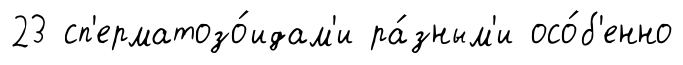
23 сп'ерматозо́идам'и ра́зным'и осо́б'енно